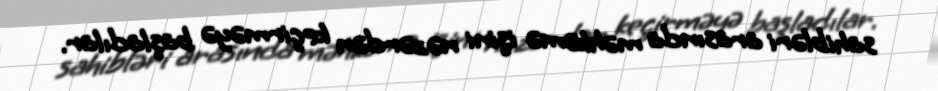
sahibləri arasında məhkəmə işini nəzərdən keçirməyə başladılar.